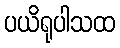
ပယိရုပါသထ